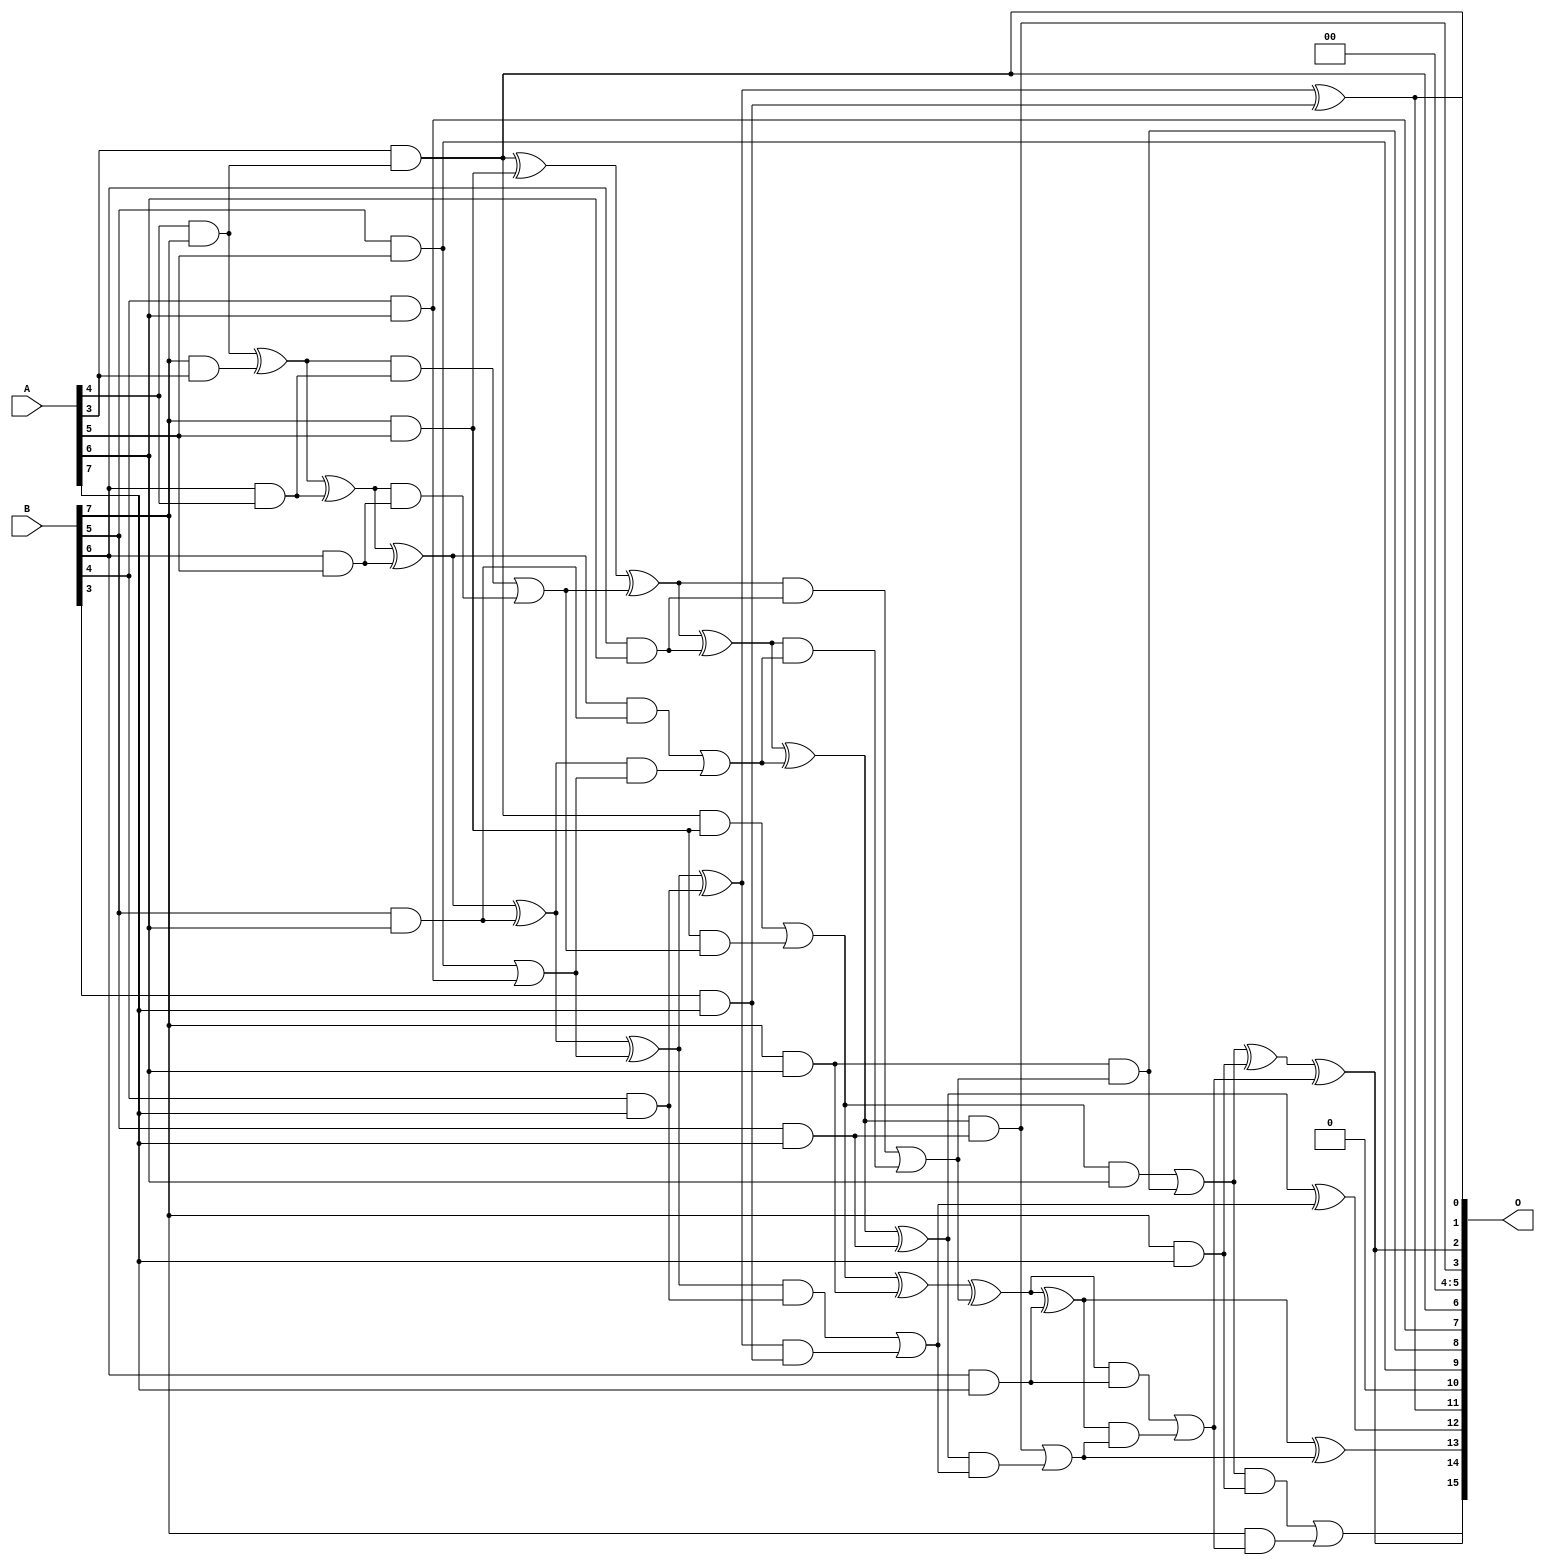
/***
* This code is a part of EvoApproxLib library (ehw.fit.vutbr.cz/approxlib) distributed under The MIT License.
* When used, please cite the following article(s): PRABAKARAN B. S., MRAZEK V., VASICEK Z., SEKANINA L., SHAFIQUE M. ApproxFPGAs: Embracing ASIC-based Approximate Arithmetic Components for FPGA-Based Systems. DAC 2020. 
***/
// MAE% = 1.17 %
// MAE = 765 
// WCE% = 5.18 %
// WCE = 3395 
// WCRE% = 150.20 %
// EP% = 99.17 %
// MRE% = 18.02 %
// MSE = 903134 
// FPGA_POWER = 0.42
// FPGA_DELAY = 8.4
// FPGA_LUT = 16

module mul8u_7T1 (
    A,
    B,
    O
);

input [7:0] A;
input [7:0] B;
output [15:0] O;

wire sig_65,sig_117,sig_154,sig_163,sig_206,sig_207,sig_208,sig_227,sig_236,sig_237,sig_238,sig_239,sig_240,sig_241,sig_242,sig_243,sig_244,sig_245,sig_250,sig_251;
wire sig_252,sig_253,sig_271,sig_276,sig_277,sig_278,sig_279,sig_280,sig_281,sig_282,sig_283,sig_284,sig_285,sig_286,sig_287,sig_288,sig_289,sig_290,sig_294,sig_295;
wire sig_296,sig_297,sig_298,sig_316,sig_317,sig_318,sig_319,sig_320,sig_321,sig_322,sig_323,sig_324,sig_325,sig_326,sig_327,sig_328,sig_329,sig_330,sig_331,sig_332;
wire sig_333,sig_334,sig_335;

assign sig_65 = A[4] & B[7];
assign sig_117 = B[7] & A[3];
assign sig_154 = sig_65 ^ sig_117;
assign sig_163 = A[3] & sig_65;
assign sig_206 = B[5] & A[5];
assign sig_207 = B[6] & A[4];
assign sig_208 = B[7] & A[5];
assign sig_227 = B[6] & A[5];
assign sig_236 = sig_154 ^ sig_207;
assign sig_237 = sig_154 & sig_207;
assign sig_238 = sig_236 & sig_227;
assign sig_239 = sig_236 ^ sig_227;
assign sig_240 = sig_237 | sig_238;
assign sig_241 = sig_163 ^ sig_208;
assign sig_242 = sig_163 & sig_208;
assign sig_243 = sig_208 & sig_240;
assign sig_244 = sig_241 ^ sig_240;
assign sig_245 = sig_242 | sig_243;
assign sig_250 = B[4] & A[6];
assign sig_251 = B[5] & A[6];
assign sig_252 = B[6] & A[6];
assign sig_253 = B[7] & A[6];
assign sig_271 = sig_206 | sig_250;
assign sig_276 = sig_239 ^ sig_251;
assign sig_277 = sig_239 & sig_251;
assign sig_278 = sig_276 & sig_271;
assign sig_279 = sig_276 ^ sig_271;
assign sig_280 = sig_277 | sig_278;
assign sig_281 = sig_244 ^ sig_252;
assign sig_282 = sig_244 & sig_252;
assign sig_283 = sig_281 & sig_280;
assign sig_284 = sig_281 ^ sig_280;
assign sig_285 = sig_282 | sig_283;
assign sig_286 = sig_245 ^ sig_253;
assign sig_287 = sig_245 & A[6];
assign sig_288 = sig_253 & sig_285;
assign sig_289 = sig_286 ^ sig_285;
assign sig_290 = sig_287 | sig_288;
assign sig_294 = B[3] & A[7];
assign sig_295 = B[4] & A[7];
assign sig_296 = B[5] & A[7];
assign sig_297 = B[6] & A[7];
assign sig_298 = B[7] & A[7];
assign sig_316 = sig_279 ^ sig_295;
assign sig_317 = sig_279 & sig_295;
assign sig_318 = sig_316 & sig_294;
assign sig_319 = sig_316 ^ sig_294;
assign sig_320 = sig_317 | sig_318;
assign sig_321 = sig_284 ^ sig_296;
assign sig_322 = sig_284 & sig_296;
assign sig_323 = sig_321 & sig_320;
assign sig_324 = sig_321 ^ sig_320;
assign sig_325 = sig_322 | sig_323;
assign sig_326 = sig_289 ^ sig_297;
assign sig_327 = sig_289 & sig_297;
assign sig_328 = sig_326 & sig_325;
assign sig_329 = sig_326 ^ sig_325;
assign sig_330 = sig_327 | sig_328;
assign sig_331 = sig_290 ^ sig_298;
assign sig_332 = sig_290 & sig_298;
assign sig_333 = B[7] & sig_330;
assign sig_334 = sig_331 ^ sig_330;
assign sig_335 = sig_332 | sig_333;

assign O[15] = sig_335;
assign O[14] = sig_334;
assign O[13] = sig_329;
assign O[12] = sig_324;
assign O[11] = sig_319;
assign O[10] = 1'b0;
assign O[9] = sig_206;
assign O[8] = sig_288;
assign O[7] = sig_250;
assign O[6] = sig_163;
assign O[5] = 1'b0;
assign O[4] = 1'b0;
assign O[3] = sig_322;
assign O[2] = sig_334;
assign O[1] = sig_319;
assign O[0] = sig_163;

endmodule